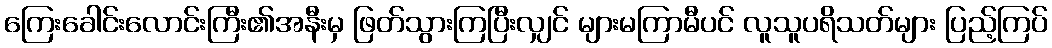
ကြေးခေါင်းလောင်းကြီး၏အနီးမှ ဖြတ်သွားကြပြီးလျှင် များမကြာမီပင် လူသူပရိသတ်များ ပြည့်ကြပ်